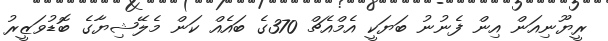
ރީޔޫނިއަން އިން ފެނުނު ބަޔަކީ އެމްއެޗް 370ގެ ބައެއް ކަން މެލޭޝިޔާގެ ބޮޑުވަޒީރު